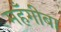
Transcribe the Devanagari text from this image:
महँगीबा